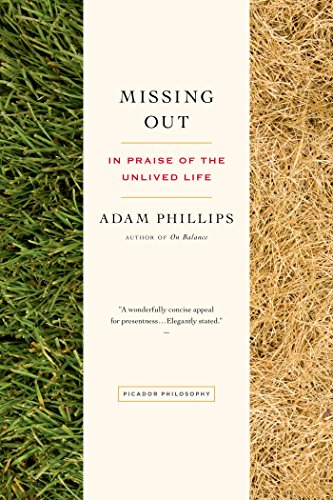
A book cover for Missing Out: In Praise of the Unlived Life; Adam Phillips; Medical Books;